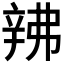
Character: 𬨙